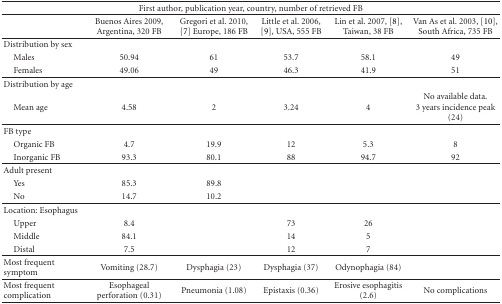
| <COLSPAN=6> First author, publication year, country, number of retrieved FB |
 |  | Buenos Aires 2009, Argentina, 320 FB | Gregori et al. 2010, [7] Europe, 186 FB | Little et al. 2006, [9], USA, 555 FB | Lin et al. 2007, [8], Taiwan, 38 FB | Van As et al. 2003, [10], South Africa, 735 FB |
 | --- | --- | --- | --- | --- | --- |
 | Distribution by sex |  |  |  |  |  |
 | Males | 50.94 | 61 | 53.7 | 58.1 | 49 |
 | Females | 49.06 | 49 | 46.3 | 41.9 | 51 |
 | Distribution by age |  |  |  |  |  |
 | Mean age | 4.58 | 2 | 3.24 | 4 | No available data. 3 years incidence peak (24) |
 | FB type |  |  |  |  |  |
 | Organic FB | 4.7 | 19.9 | 12 | 5.3 | 8 |
 | Inorganic FB | 93.3 | 80.1 | 88 | 94.7 | 92 |
 | Adult present |  |  |  |  |  |
 | Yes | 85.3 | 89.8 |  |  |  |
 | No | 14.7 | 10.2 |  |  |  |
 | Location: Esophagus |  |  |  |  |  |
 | Upper | 8.4 |  | 73 | 26 |  |
 | Middle | 84.1 |  | 14 | 5 |  |
 | Distal | 7.5 |  | 12 | 7 |  |
 | Most frequent symptom | Vomiting (28.7) | Dysphagia (23) | Dysphagia (37) | Odynophagia (84) |  |
 | Most frequent complication | Esophageal perforation (0.31) | Pneumonia (1.08) | Epistaxis (0.36) | Erosive esophagitis (2.6) | No complications |